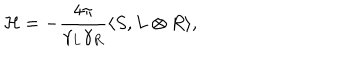
LaTeX: { \cal H } = - { \frac { 4 \pi } { \gamma _ { L } \gamma _ { R } } } \langle S , L \otimes R \rangle ,